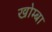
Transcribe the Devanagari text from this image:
खोम्बा